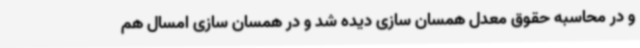
و در محاسبه حقوق معدل همسان سازی دیده شد و در همسان سازی امسال هم